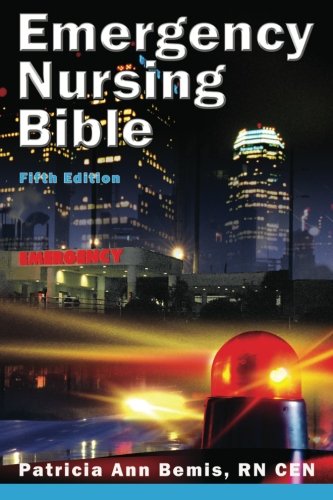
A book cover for Emergency Nursing Bible: Principles and Practices of Complaint-based Emergency Nursing; Patricia Ann Bemis RN CEN; Medical Books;